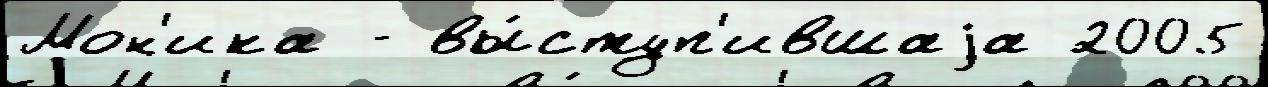
Мон'ика - вы́ступ'ившаjа 2005